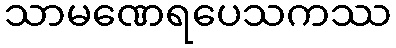
သာမဏေရပေသကဿ